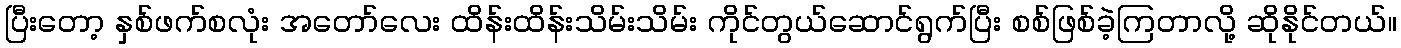
ပြီးတော့ နှစ်ဖက်စလုံး အတော်လေး ထိန်းထိန်းသိမ်းသိမ်း ကိုင်တွယ်ဆောင်ရွက်ပြီး စစ်ဖြစ်ခဲ့ကြတာလို့ ဆိုနိုင်တယ်။